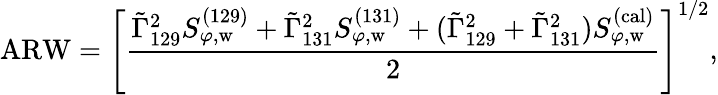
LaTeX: \mathrm{ARW}=\left[\frac{\tilde{\Gamma}_{129}^{2}S_{\varphi,\mathrm{w}}^{(129)}+\tilde{\Gamma}_{131}^{2}S_{\varphi,\mathrm{w}}^{(131)}+(\tilde{\Gamma}_{129}^{2}+\tilde{\Gamma}_{131}^{2})S_{\varphi,\mathrm{w}}^{(\mathrm{cal)}}}{2}\right]^{1/2},